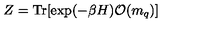
Z = \mathrm { T r } [ \exp ( - \beta H ) { \cal O } ( m _ { q } ) ]